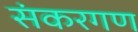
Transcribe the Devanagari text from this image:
संकरगण